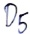
Text: D5